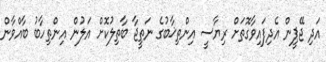
އަދި ޖޭޕީން އެދިފައިވާގޮތަށް ރިޔާސީ އިންތިޚާބުގެ ނަތީޖާ ބާތިލުކޮށް އަލުން އިންތިހާބު ބާއްވާން